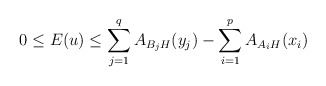
\begin{align*} 0 \leq E(u) \leq \sum_{j=1}^qA_{B_jH}(y_j) - \sum_{i=1}^pA_{A_iH}(x_i)\end{align*}